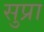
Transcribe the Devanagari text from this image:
सुप्रा